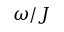
\omega / J